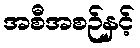
အစီအစဉ်နှင့်